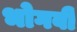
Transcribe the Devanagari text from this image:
भोगवी